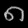
Digit: ၈